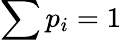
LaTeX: \sum p_{i}=1